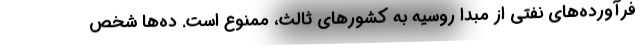
فرآورده‌های نفتی از مبدا روسیه به کشورهای ثالث، ممنوع است. ده‌ها شخص